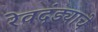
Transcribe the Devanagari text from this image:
रेवदंड्याचे